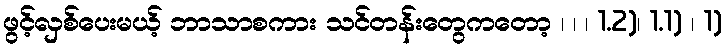
ဖွင့်လှစ်ပေးမယ့် ဘာသာစကား သင်တန်းတွေကတော့ ၊ ၊ ၊ 1.2)၊ 1.1) ၊ 1)